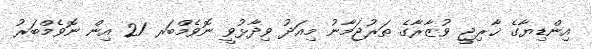
އިންޑިޔާގެ ޚާރިޖީ ވުޒާރާގެ ތަރުޖަމާނު މިއަދު ވިދާޅުވީ ނޮވެމްބަރ 21 އިން ނޮވެމްބަރު